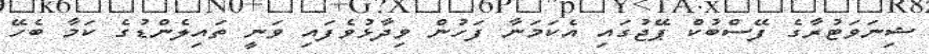
ޝިނަވަޓުރާގެ ފޭސްބުކް ޕޭޖުގައި އެކަމަނާ ފަހުން ވިދާޅުވެފަައި ވަނީ ތައިލެންޑުގެ ކަމާ ބެހޭ